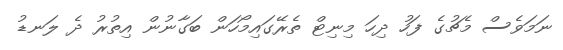
ނަމަވެސް މެޗުގެ ފަހު ދިހަ މިނިޓް ތެރޭގައިމޯހަން ބަގާނުން އިތުރު ދެ ލަނޑު